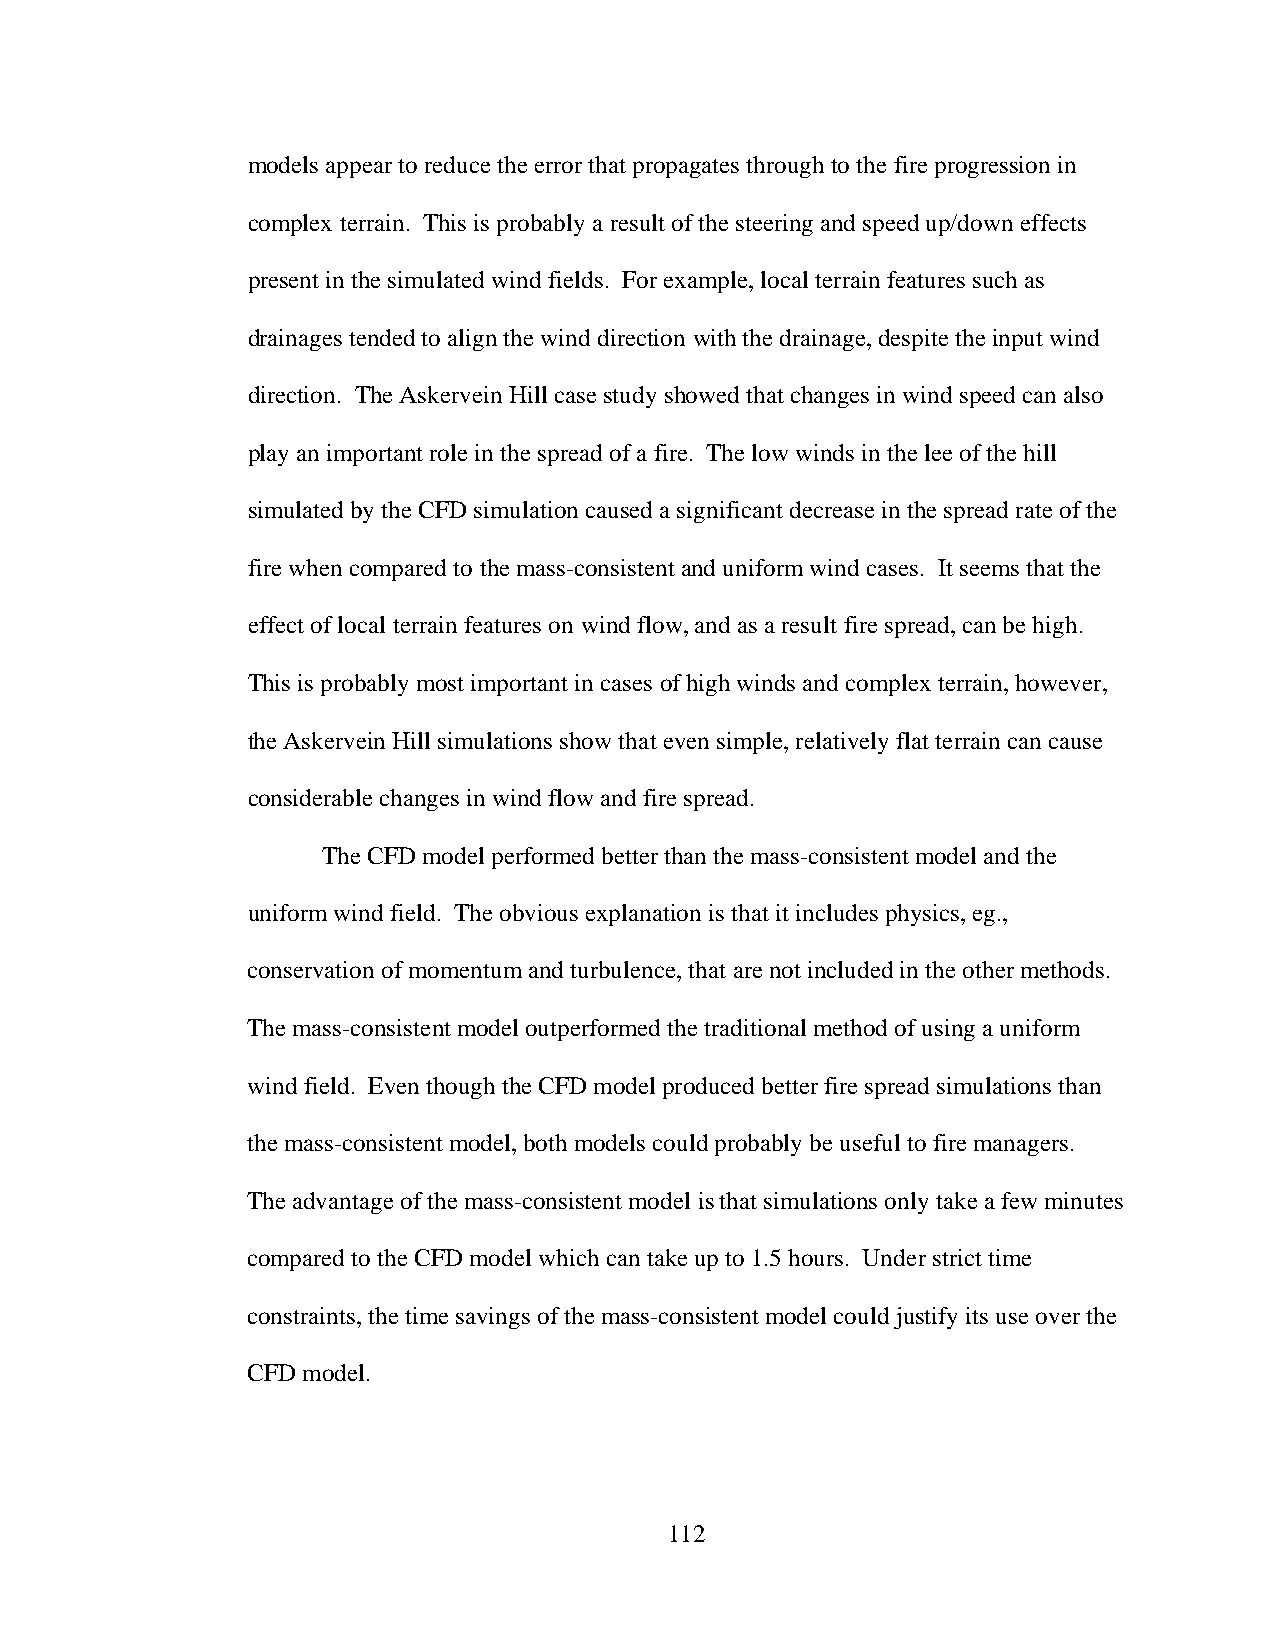
models appear to reduce the error that propagates through to the fire progression in
 complex terrain. This is probably a result of the steering and speed up/down effects
 present in the simulated wind fields. For example, local terrain features such as
 drainages tended to align the wind direction with the drainage, despite the input wind
 direction. The Askervein Hill case study showed that changes in wind speed can also
 play an important role in the spread of a fire. The low winds in the lee of the hill
 simulated by the CFD simulation caused a significant decrease in the spread rate of the
 fire when compared to the mass-consistent and uniform wind cases. It seems that the
 effect of local terrain features on wind flow, and as a result fire spread, can be high.
 This is probably most important in cases of high winds and complex terrain, however,
 the Askervein Hill simulations show that even simple, relatively flat terrain can cause
 considerable changes in wind flow and fire spread.
 The CFD model performed better than the mass-consistent model and the
 uniform wind field. The obvious explanation is that it includes physics, eg.,
 conservation of momentum and turbulence, that are not included in the other methods.
 The mass-consistent model outperformed the traditional method of using a uniform
 wind field. Even though the CFD model produced better fire spread simulations than
 the mass-consistent model, both models could probably be useful to fire managers.
 The advantage of the mass-consistent model is that simulations only take a few minutes
 compared to the CFD model which can take up to 1.5 hours. Under strict time
 constraints, the time savings of the mass-consistent model could justify its use over the
 CFD model.
 112